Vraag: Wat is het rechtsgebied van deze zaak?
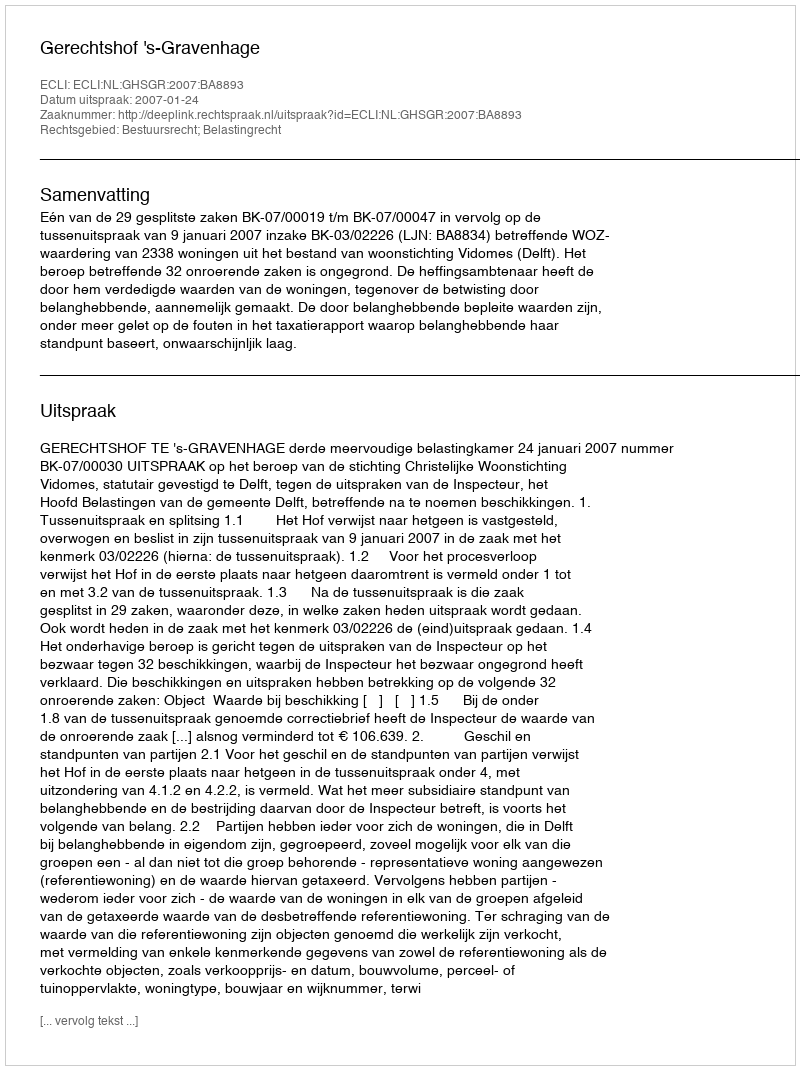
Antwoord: Bestuursrecht; Belastingrecht